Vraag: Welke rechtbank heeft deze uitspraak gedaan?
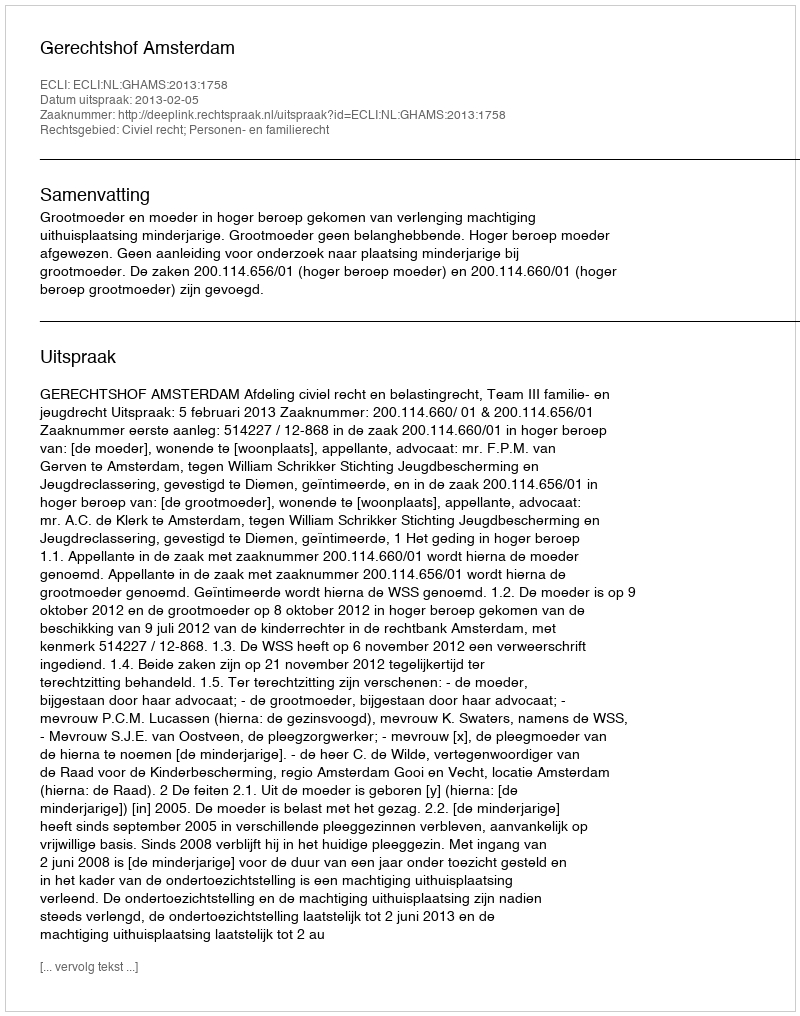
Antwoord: Gerechtshof Amsterdam